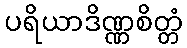
ပရိယာဒိဏ္ဏစိတ္တံ